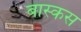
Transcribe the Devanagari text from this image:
बास्कस